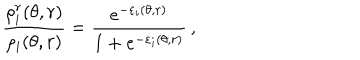
LaTeX: \frac { \rho _ { i } ^ { r } ( \theta , r ) } { \rho _ { i } ( \theta , r ) } = \frac { e ^ { - \varepsilon _ { i } ( \theta , r ) } } { 1 + e ^ { - \varepsilon _ { i } ( \theta , r ) } } \, ,